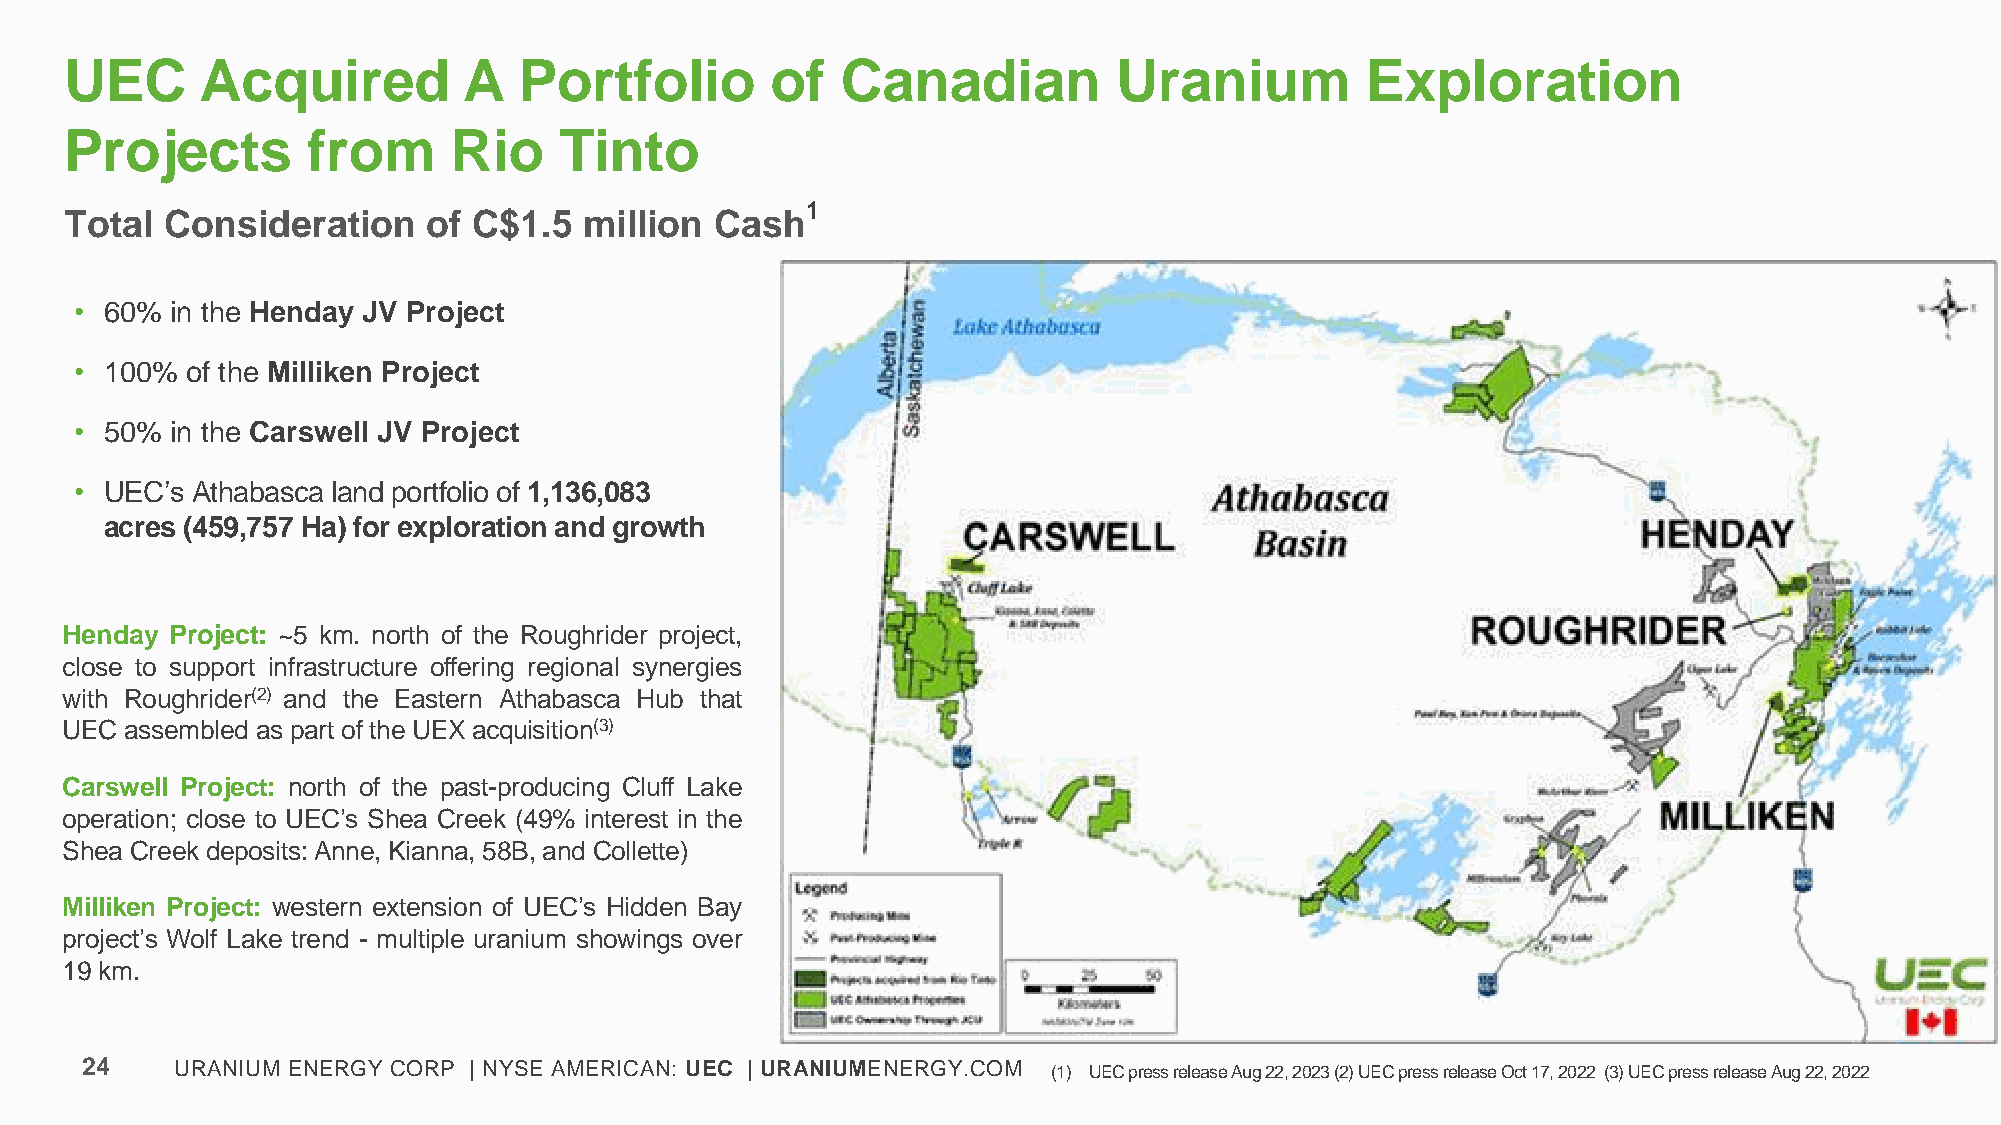
UEC      Acquired          A  Portfolio        of   Canadian          Uranium         Exploration
 Projects        from      Rio    Tinto
 1
 Total  Consideration    of C$1.5   million Cash
 • 60% in the Henday JV Project
 • 100% of the Milliken Project
 • 50% in the Carswell JV Project
 • UEC’s Athabasca land portfolio of 1,136,083
 acres (459,757 Ha) for exploration and growth
 Henday Project: ~5 km. north of the Roughrider project,
 close to support infrastructure offering regional synergies
 with Roughrider(2) and the Eastern Athabasca Hub that
 UECassembled as part of the UEX acquisition(3)
 Carswell Project: north of the past-producing Cluff Lake
 operation; close to UEC’s Shea Creek (49% interest in the
 Shea Creek deposits:Anne, Kianna, 58B, and Collette)
 Milliken Project: western extension of UEC’s Hidden Bay
 project’s Wolf Lake trend - multiple uranium showings over
 19 km.
 24     URANIUM ENERGY CORP | NYSE AMERICAN: UEC | URANIUMENERGY.COM (1) UEC press release Aug 22, 2023 (2) UEC press release Oct 17, 2022 (3) UEC press release Aug 22, 2022